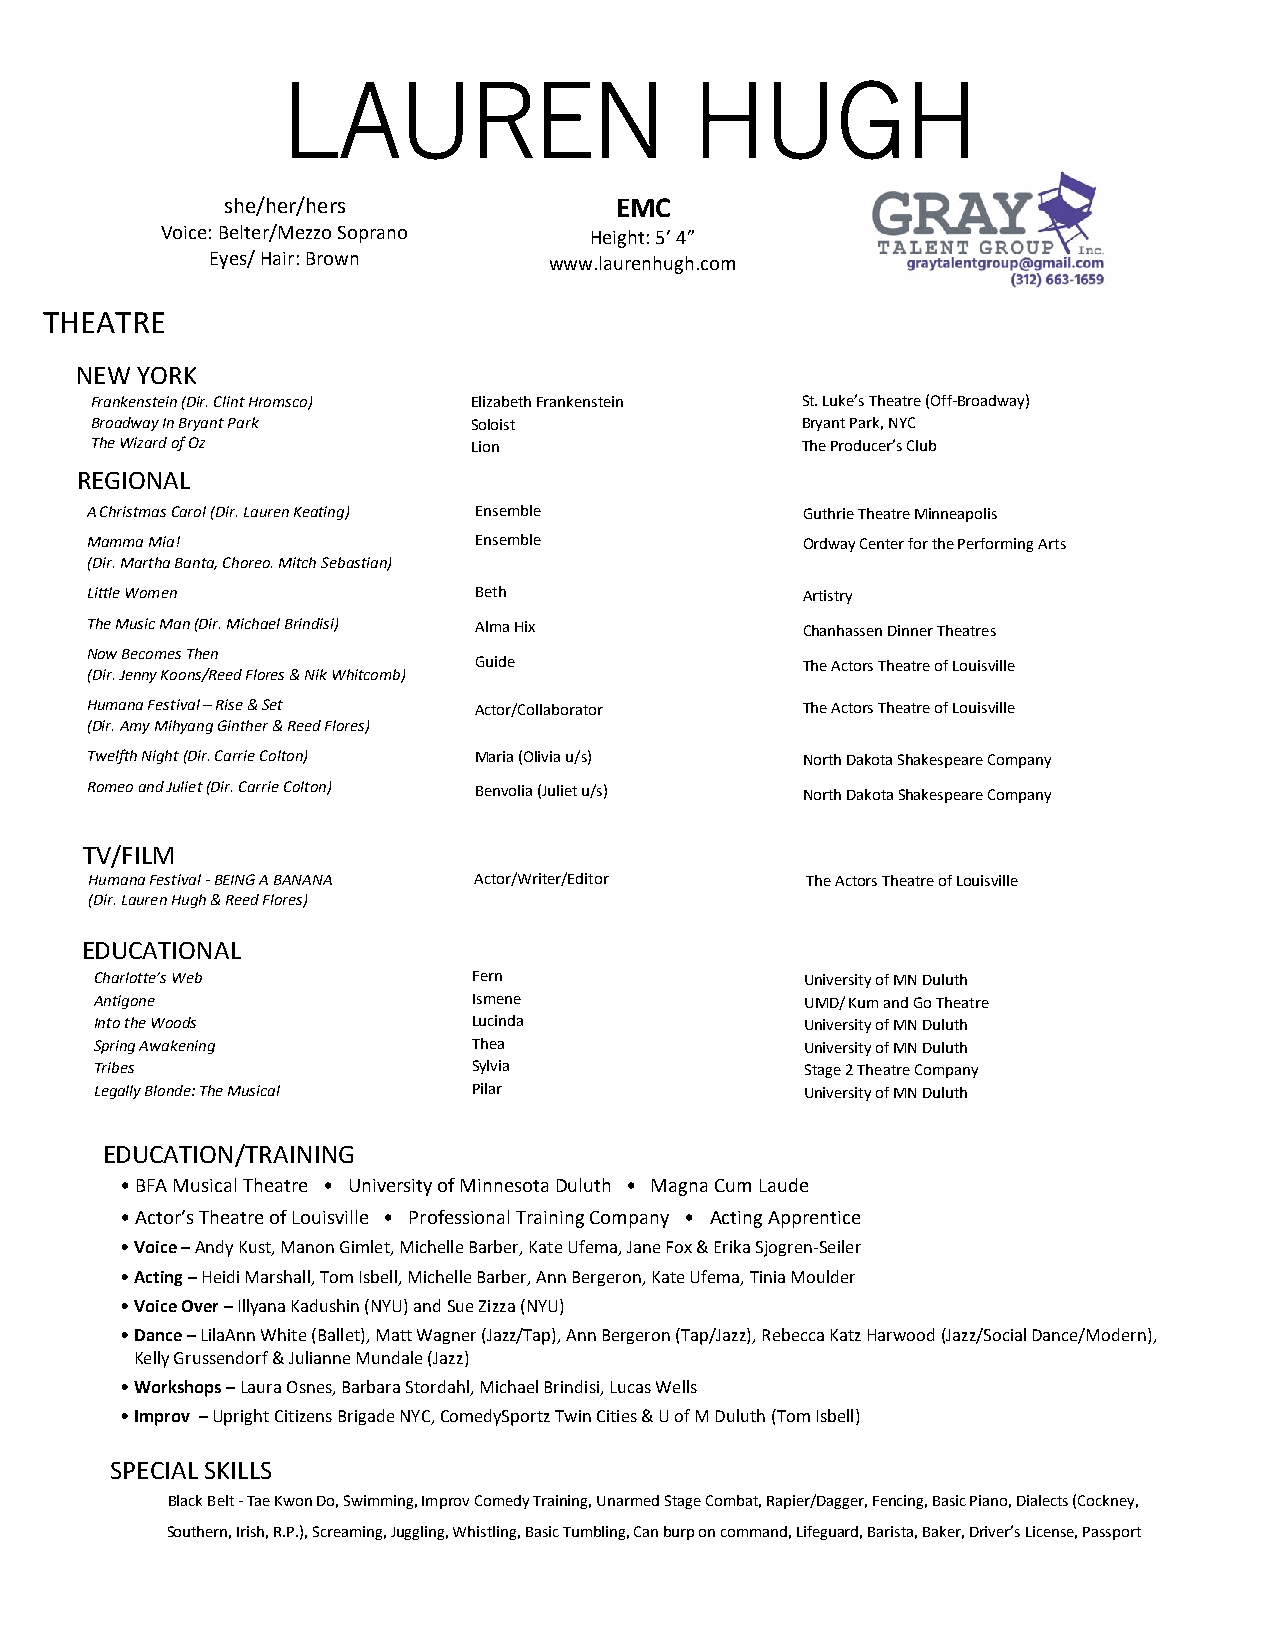
LAUREN                     HUGH
 she/her/hers              EMC
 Voice: Belter/M ezzo Soprano Height: 5’ 4”
 Eyes/ Hair: Brown     www.laurenhugh.com
 THEATRE
 NEW YORK
 Frankenstein (Dir. Clint Hromsco) Elizabeth Frankenstein St. Luke’s Theatre (Off-Broadway)
 Broadway In Bryant Park  Soloist               Bryant Park, NYC
 The Wizard of Oz         Lion                  The Producer’s Club
 REGIONAL
 A Christmas Carol (Dir. Lauren Keating) Ensemble Guthrie Theatre Minneapolis
 Mamma Mia!               Ensemble              Ordway Center for the Performing Arts
 (Dir. Martha Banta, Choreo. Mitch Sebastian)
 Little Women             Beth                  Artistry
 The Music Man (Dir. Michael Brindisi) Alma Hix Chanhassen Dinner Theatres
 Now Becomes Then
 Guide                 The Actors Theatre of Louisville
 (Dir. Jenny Koons/Reed Flores & Nik Whitcomb)
 Humana Festival – Rise & Set Actor/Collaborator The Actors Theatre of Louisville
 (Dir. Amy Mihyang Ginther & Reed Flores)
 Twelfth Night (Dir. Carrie Colton) Maria (Olivia u/s) North Dakota Shakespeare Company
 Romeo and Juliet (Dir. Carrie Colton) Benvolia (Juliet u/s) North Dakota Shakespeare Company
 TV/FILM
 Humana Festival - BEING A BANANA Actor/Writer/Editor The Actors Theatre of Louisville
 (Dir. Lauren Hugh & Reed Flores)
 EDUCATIONAL
 Charlotte’s Web          Fern                  University of MN Duluth
 Antigone                 Ismene                UMD/ Kum and Go Theatre
 Into the Woods           Lucinda               University of MN Duluth
 Spring Awakening         Thea                  University of MN Duluth
 Tribes                   Sylvia                Stage 2 Theatre Company
 Legally Blonde: The Musical Pilar              University of MN Duluth
 EDUCATION/TRAINING
 • BFA Musical Theatre • University of Minnesota Duluth • Magna Cum Laude
 • Actor’s Theatre of Louisville • Professional Training Company • Acting Apprentice
 • Voice – Andy Kust, Manon Gimlet, Michelle Barber, Kate Ufema, Jane Fox & Erika Sjogren-Seiler
 • Acting – Heidi Marshall, Tom Isbell, Michelle Barber, Ann Bergeron, Kate Ufema, Tinia Moulder
 • Voice Over – Illyana Kadushin (NYU) and Sue Zizza (NYU)
 • Dance – LilaAnn White (Ballet), Matt Wagner (Jazz/Tap), Ann Bergeron (Tap/Jazz), Rebecca Katz Harwood (Jazz/Social Dance/Modern),
 …Kelly Grussendorf & Julianne Mundale (Jazz)
 • Workshops – Laura Osnes, Barbara Stordahl, Michael Brindisi, Lucas Wells
 • Improv – Upright Citizens Brigade NYC, ComedySportz Twin Cities & U of M Duluth (Tom Isbell)
 SPECIAL SKILLS
 Black Belt - Tae Kwon Do, Swimming, Improv Comedy Training, Unarmed Stage Combat, Rapier/Dagger, Fencing, Basic Piano, Dialects (Cockney,
 Southern, Irish, R.P.), Screaming, Juggling, Whistling, Basic Tumbling, Can burp on command, Lifeguard, Barista, Baker, Driver’s License, Passport